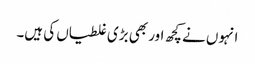
انہوں نے کچھ اور بھی بڑی غلطیاں کی ہیں۔